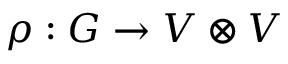
\rho : G \to V \otimes V